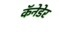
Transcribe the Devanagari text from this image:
कॅनेडेर